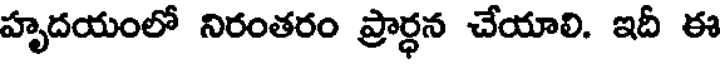
హృదయంలో నిరంతరం ప్రార్ధన చేయాలి. ఇదీ ఈ